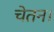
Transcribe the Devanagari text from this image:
चेतन।